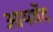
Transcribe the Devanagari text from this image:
आयर्वेद